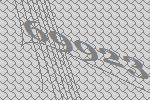
69923